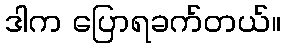
ဒါက ပြောရခက်တယ်။